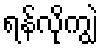
ရန်လိုကျွဲ